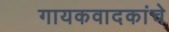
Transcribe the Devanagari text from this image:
गायकवादकांचे